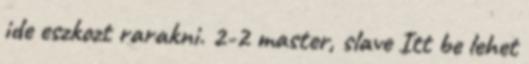
ide eszkozt rarakni. 2-2 master, slave Itt be lehet